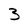
Character: 3